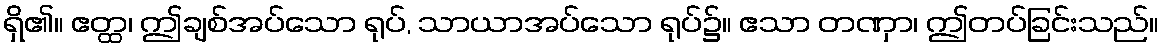
ရှိ၏။ ဧတ္ထ၊ ဤချစ်အပ်သော ရုပ်, သာယာအပ်သော ရုပ်၌။ ဧသာ တဏှာ၊ ဤတပ်ခြင်းသည်။